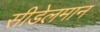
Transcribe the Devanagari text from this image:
सीडेलमान